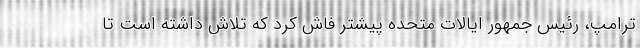
ترامپ، رئیس جمهور ایالات متحده پیشتر فاش کرد که تلاش داشته است تا